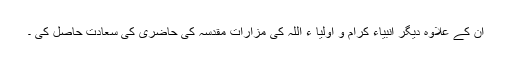
ان کے علاوہ دیگر انبیاء کرام و اولیا ء اللہ کی مزارات مقدسہ کی حاضری کی سعادت حاصل کی ۔